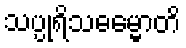
သပ္ပုရိသဓမ္မောတိ